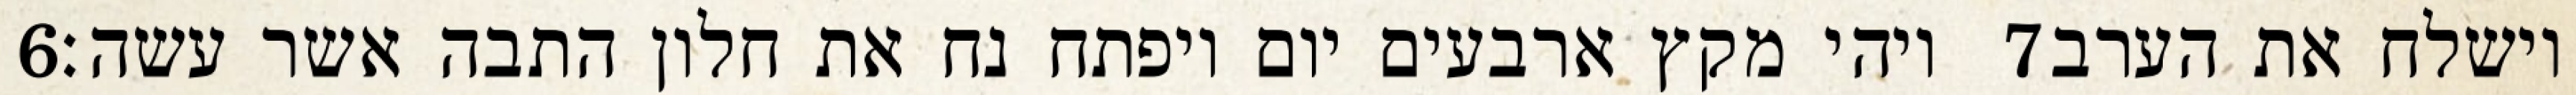
‎6‏ ויהי מקץ ארבעים יום ויפתח נח את חלון התבה אשר עשה׃ ‎7‏ וישלח את הערב